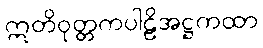
ဣတိဝုတ္တကပါဠိအဋ္ဌကထာ